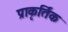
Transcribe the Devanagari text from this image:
प्राकृर्तिक